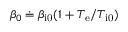
\beta _ { 0 } \doteq \beta _ { \mathrm { i 0 } } ( 1 + T _ { \mathrm { e } } / T _ { \mathrm { i 0 } } )